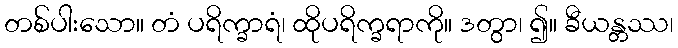
တစ်ပါးသော။ တံ ပရိက္ခာရံ၊ ထိုပရိက္ခရာကို။ ဒတွာ၊ ၍။ ခီယန္တဿ၊